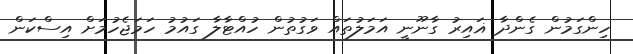
ހިންގަމުން ގެންދާ ޣައިރު ގާނޫނީ އަމަލުތައް ވަގުތުން ހުއްޓާލާ ގައުމު ހަމަޖެހުމަށް އިސްކަން